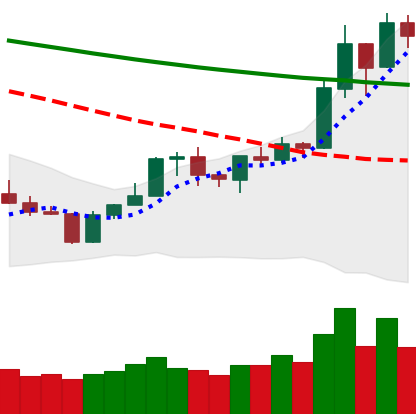
Ticker: BNB-USD
Chart end date: 2020-01-18
Forward return: -4.503%
Label: down_3_5